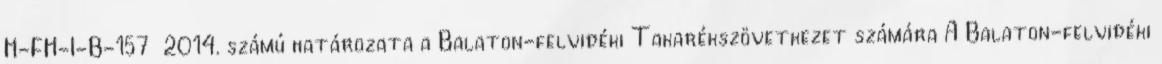
H-FH-I-B-157 2014. számú határozata a Balaton-felvidéki Takarékszövetkezet számára A Balaton-felvidéki